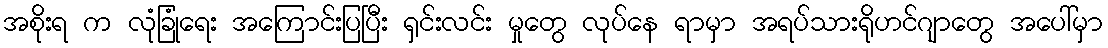
အစိုးရ က လုံခြုံရေး အကြောင်းပြပြီး ရှင်းလင်း မှုတွေ လုပ်နေ ရာမှာ အရပ်သားရိုဟင်ဂျာတွေ အပေါ်မှာ